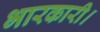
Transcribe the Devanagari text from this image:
भारकारी।